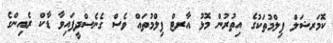
ކޮމަރޝަލް ފިލްމުތަކުގެ އިތުރުން މޮޅު އާރޓް ފިލްމުތައް ވެސް ގެނެސްދީފައިވާ ޑާކް ރެއިންގެ